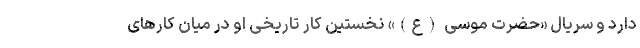
دارد و سریال «حضرت موسی (ع)» نخستین کار تاریخی او در میان کارهای